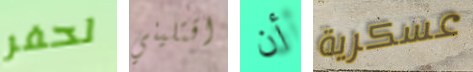
لحفر اقتليني أن عسكرية